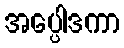
အပ္ပေါဒကာ